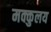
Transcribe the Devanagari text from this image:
मक्कुलय